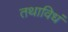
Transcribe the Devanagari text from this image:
तथाविधं